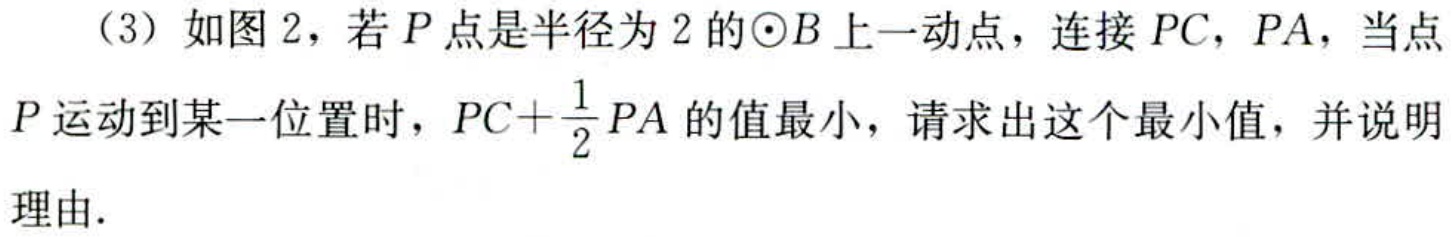
（3）如图2，若\(P\)点是半径为\(2\)的\(\odot B\)上一动点，连接\(PC\)，\(PA\)，当点\(P\)运动到某一位置时，\(PC + \frac{1}{2}PA\)的值最小，请求出这个最小值，并说明理由.